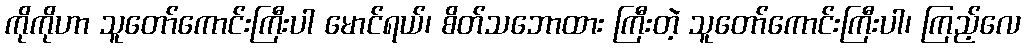
ကိုကိုဟာ သူတော်ကောင်းကြီးပါ မောင်ရယ်၊ စိတ်သဘောထား ကြီးတဲ့ သူတော်ကောင်းကြီးပါ၊ ကြည့်လေ